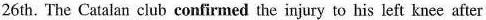
26th. The Catalan club confirmed the injury to his left knee after